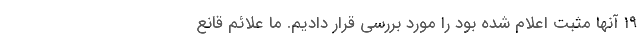
۱۹ آنها مثبت اعلام شده بود را مورد بررسی قرار دادیم. ما علائم قانع